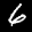
Label: 6